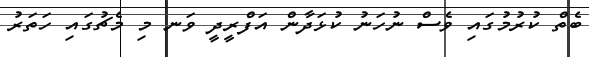
ބެތް ކުރުމުގައި ވެސް ނުހަނު ކުޅަދާން އަފްރީދީ ވަނ މި މެޗުގައި ހަތަރު